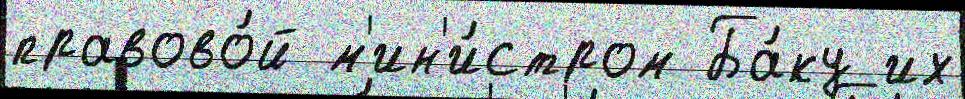
правово́й м'ин'и́стром Ба́ку их